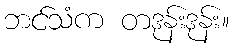
ဘင်သံက တဒုန်းဒုန်း။